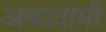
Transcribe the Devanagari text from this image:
अकादामी